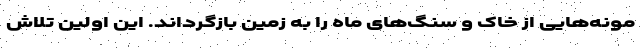
مونه‌هایی از خاک و سنگ‌های ماه را به زمین بازگرداند. این اولین تلاش